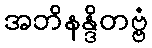
အဘိနန္ဒိတဗ္ဗံ